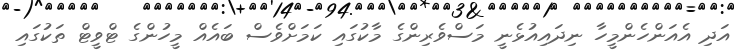
އަދި އެއަންހެންމީހާ ނިދައިއުޅެނީ މަސްވެރިންގެ މާކުގައި ކަމަށްވެސް ބައެއް މީހުންގެ ޓްވީޓް ތަކުގައި